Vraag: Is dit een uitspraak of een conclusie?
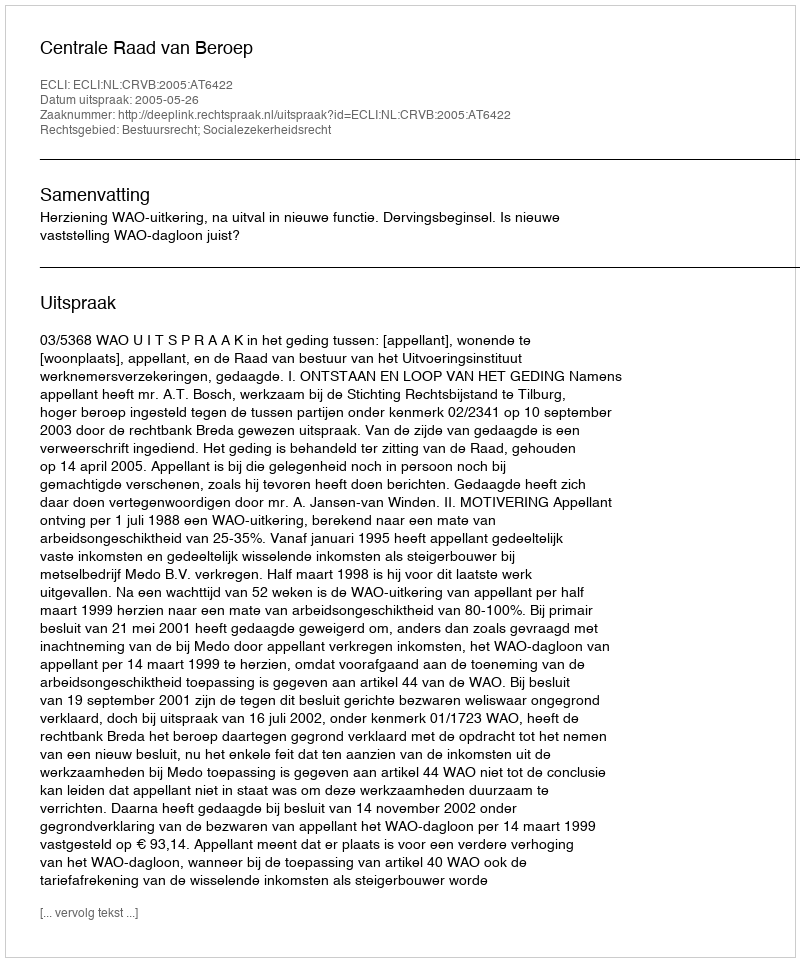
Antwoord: Uitspraak